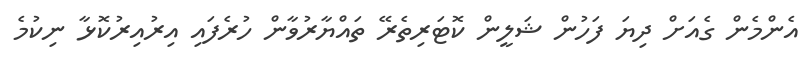
އެންމެން ގެއަށް ދިޔަ ފަހުން ޝަލީން ކޮޓަރިތެރޭ ތައްޔާރުވާން ހުރެފައި އިރުއިރުކޮޅާ ނިކުމެ